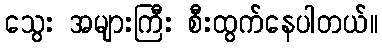
သွေး အများကြီး စီးထွက်နေပါတယ်။